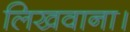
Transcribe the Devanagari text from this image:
लिखवाना।